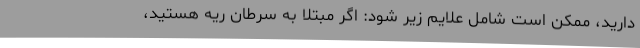
دارید، ممکن است شامل علایم زیر شود: اگر مبتلا به سرطان ریه هستید،